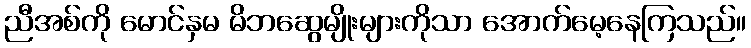
ညီအစ်ကို မောင်နှမ မိဘဆွေမျိုးများကိုသာ အောက်မေ့နေကြသည်။